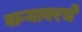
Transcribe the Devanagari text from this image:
वाऱ्यावरचे